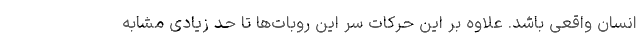
انسان واقعی باشد. علاوه بر این حرکات سر این روبات‌ها تا حد زیادی مشابه